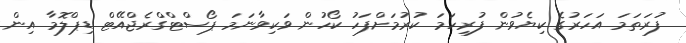
ފުރަތަމަ އަހަރުގެ ކިޔެވުން ފުރިހަމަ ކުރުމަށްފަހު ކޯހުން ވަކިވާނަމަ ޕޯސްޓްގްރެޖްއޭޓް ޑިޕްލޮމާ އިން